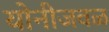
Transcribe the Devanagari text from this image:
योनीजवळ